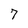
Character: 7